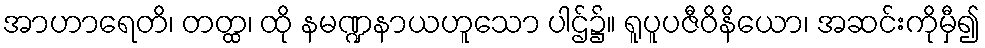
အာဟာရေတိ၊ တတ္ထ၊ ထို နမဏ္ဍနာယဟူသော ပါဌ်၌။ ရူပူပဇီဝိနိယော၊ အဆင်းကိုမှီ၍